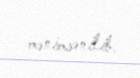
mənimsənilib.